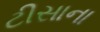
ટીસાના